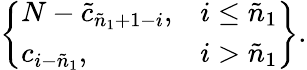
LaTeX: \left\{ \begin{array}{ll}{{N-\tilde{c}_{\tilde{n}_{1}+1-i},}}&{{i\leq\tilde{n}_{1}}}\\ {{c_{i-\tilde{n}_{1}},}}&{{i>\tilde{n}_{1}}}\end{array}\right\} .